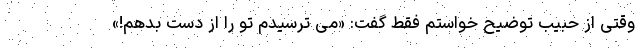
وقتی از حبیب توضیح خواستم فقط گفت: «می ترسیدم تو را از دست بدهم!»